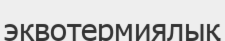
эквотермиялық